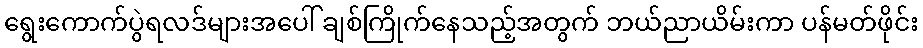
ရွေးကောက်ပွဲရလဒ်များအပေါ် ချစ်ကြိုက်နေသည့်အတွက် ဘယ်ညာယိမ်းကာ ပန်မတ်ဖိုင်း